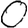
Digit: 0